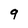
Character: 9